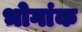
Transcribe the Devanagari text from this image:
भोगांक